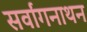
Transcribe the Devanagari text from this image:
सर्वांगनाथन